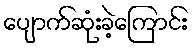
ပျောက်ဆုံးခဲ့ကြောင်း